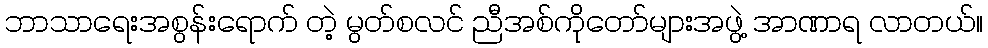
ဘာသာရေးအစွန်းရောက် တဲ့ မွတ်စလင် ညီအစ်ကိုတော်များအဖွဲ့ အာဏာရ လာတယ်။